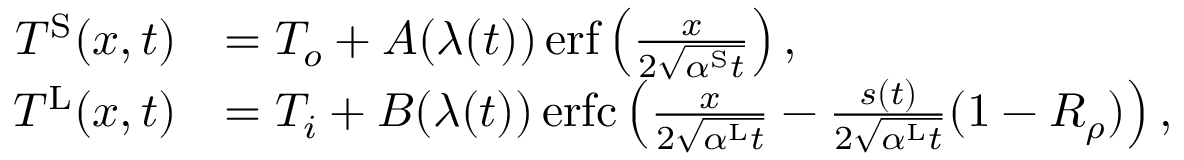
\begin{array} { r l } { T ^ { \mathrm { S } } ( x , t ) } & { = T _ { o } + A ( \lambda ( t ) ) \, \mathrm { e r f } \left( \frac { x } { 2 \sqrt { \alpha ^ { \mathrm { S } } t } } \right) , } \\ { T ^ { \mathrm { L } } ( x , t ) } & { = T _ { i } + B ( \lambda ( t ) ) \, \mathrm { e r f c } \left( \frac { x } { 2 \sqrt { \alpha ^ { \mathrm { L } } t } } - \frac { s ( t ) } { 2 \sqrt { \alpha ^ { \mathrm { L } } t } } ( 1 - R _ { \rho } ) \right) , } \end{array}